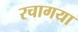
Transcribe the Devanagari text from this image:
रचागया